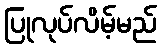
ပြုလုပ်လိမ့်မည်